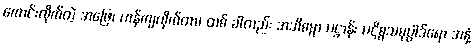
ကောင်းလိုက်တဲ့ အဖြေ၊ ဟန်ကျလိုက်တာ၊ တစ် ခါတည်း အဘိဓမ္မာ ပဋ္ဌာန်း ပဋိစ္စသမုပ္ပာဒ်ရော အနှံ့